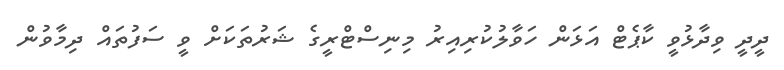
ދީދީ ވިދާޅުވީ ކާޕެޓް އަޅަން ހަވާލުކުރިއިރު މިނިސްޓްރީގެ ޝަރުތަކަށް ވީ ސަފުތައް ދިމާވުން